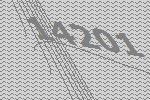
14201